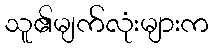
သူ၏မျက်လုံးများက